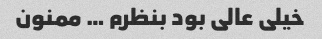
خیلی عالی بود بنظرم … ممنون